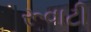
રૂવાટી